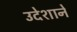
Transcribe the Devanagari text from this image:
उदेशाने